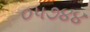
૦૫૭૪૪